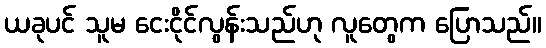
ယခုပင် သူမ ငေးငိုင်လွန်းသည်ဟု လူတွေက ပြောသည်။